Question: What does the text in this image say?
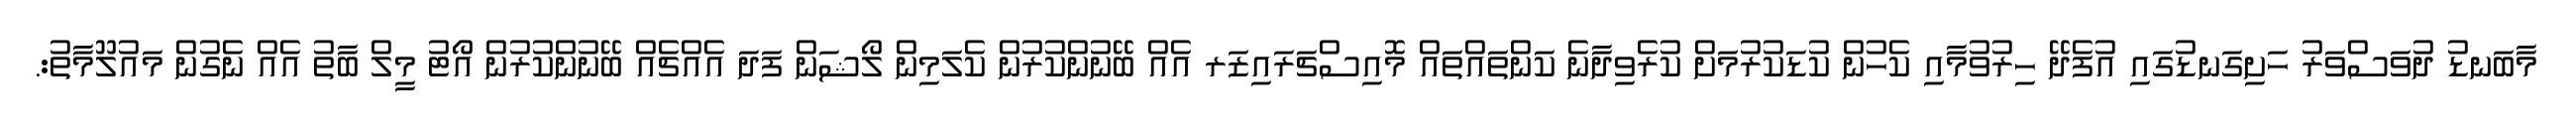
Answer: މާބަނޑު ދުވަސްވަރު ހަށިގަނޑުގައި އުފެދޭ ހިރުވުމާއި ކެހުން ކުޑަކުރުމަށް ކުރެވިދާނެ ކަންތައްތައް މޮއިސްޗަރައިޒަރ އެއް ބޭނުންކުރުން ކެލަމިން ލޯޝަން ފަދަ އެއްޗެއް ބޭނުންކުރުން އޯޓު މީލް ބާތު އެއް ނެގުން މައުލޫމާތު:.